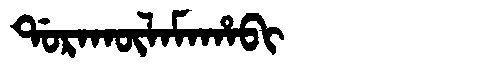
Manchu: ᡩᠣᡵᠠᡴᡡᠯᠠᠮᠠᡥᠠᠪᡳ
Romanization: DORAKŪLAMAHABI